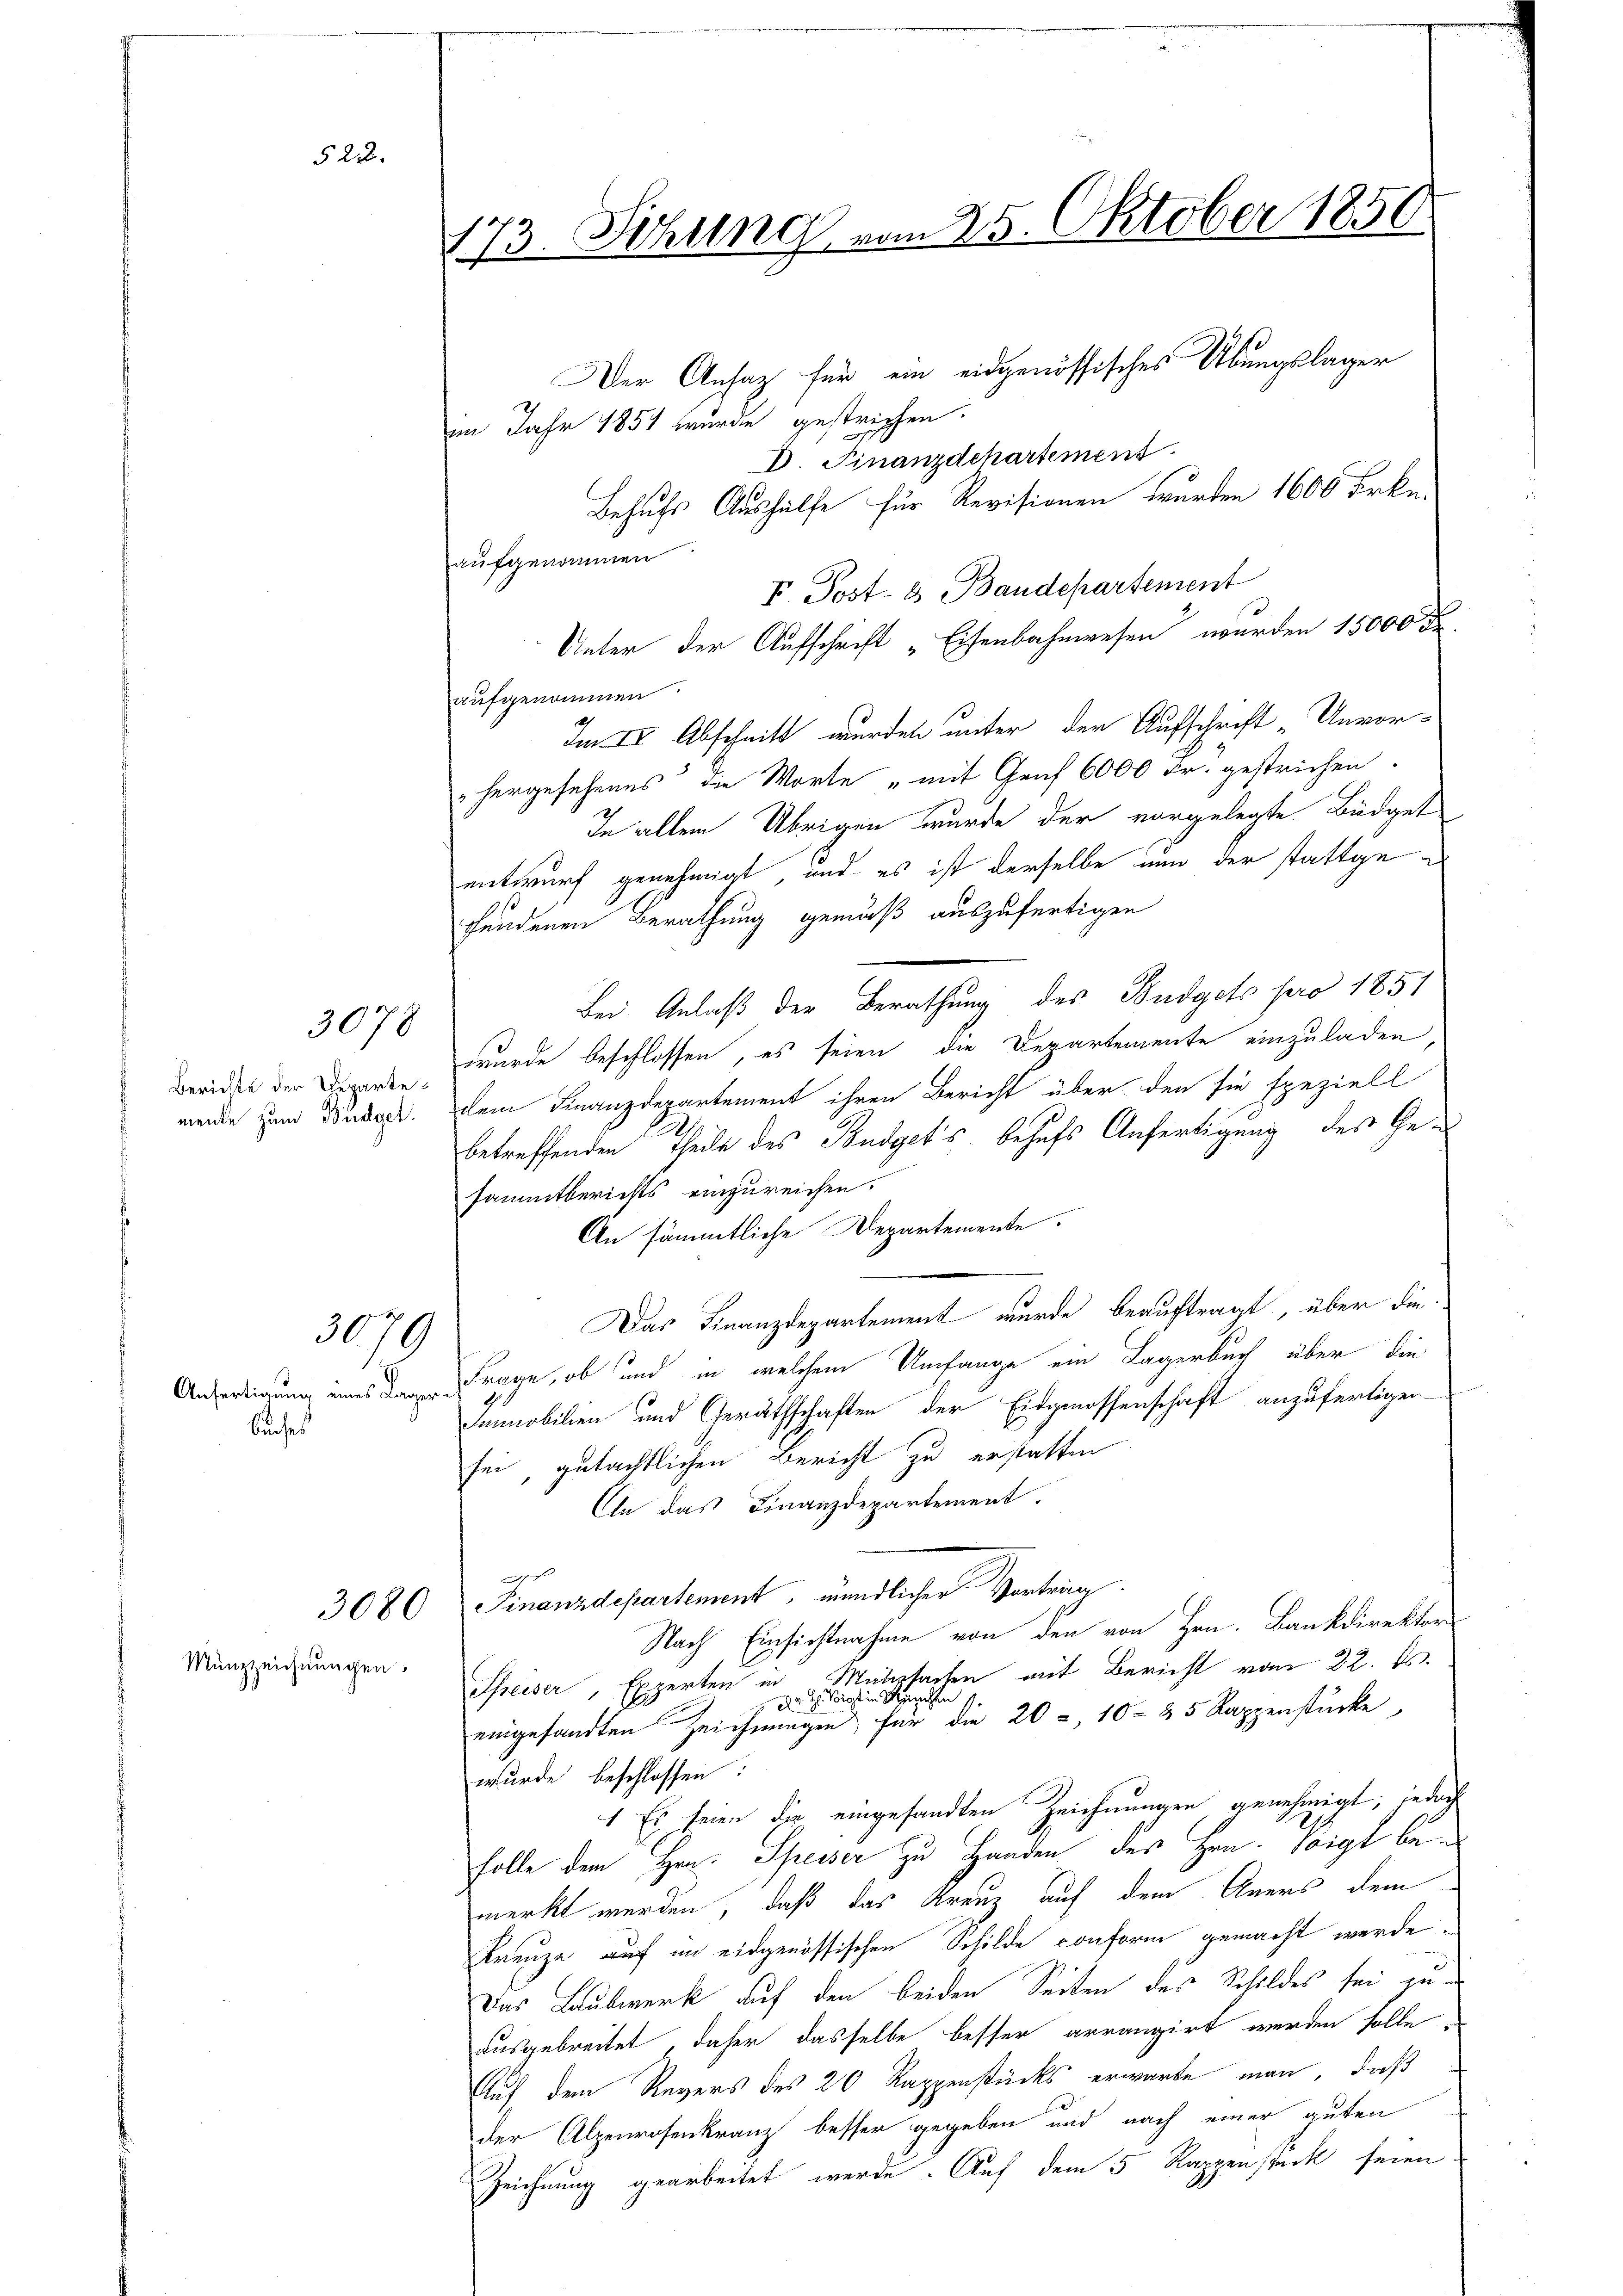
Berichte der Departemente zum Büdget.

buches

522.

3078

3079

3080
Münzzeichnungen.

Der Ansatz für ein eidgenössisches Übungslager
im Jahr 1851 wurde gestrichen.
D. Finanzdchartement
Behufs Aushülfe für Revisionen wurden 1600 Frkn.
aufgenommen
I. Post- & Baudepartement
Unter der Aufschrift „Eisenbahnwesen wurden 15000 Fr.
aufgenommen
Im IV Abschnitt wurden unter der Aufschecht „Unvor-
hergesehenes die Worte „mit Genf 6000 Fr. gestrichen.
In allem Übrigen wurde der vorgelegte Büdget
entwurf genehmigt, und es ist derselbe nun der stattge
hendenen Berathung gemäß auszufertigen
Bei Anlaß der Berathung des Budgets pro 1851
wurde beschlossen, es seien die Departemente einzuladen,
dem Finanzdepartement ihren Bericht über den sie speziell
betreffenden Theile des Budget's behufs Anfertigung des Gesammtberichts einzureichen.
An sämmtliche Departemente.
Das Finanzdepartement wurde beauftragt, über die
Anfertigung eines de Frage, ob und in welchem Umfange ein Lagerbuch über die
Immobilien und Geräthschaften der Eidgenossenschaft anzufertigen-
sei, gutächtlichen Bericht zu erstatten
Aln das Finanzdepartement.
e
Finanzdepartement, mündlicher Vortrag.
Nach Einsichtnahme von den von Hrn. Bankdirektor
Speiser, Experten in Münzsachen mit Bericht vom 22. ds.
 d. d. Sie in Sachen
eingesandten Zeichnungen für die 20 = 10 35 Rappenstücke,
wurde beschlossen:
1 Es seien die eingesandten Zeichnungen genehmigt; jedoch
Folle dem Hrn. Speiser zu Handen des Hrn. Voigt bemerkt werden, daß das Kreuz auf dem Aners dem
Kreuze auf im eidgenössischen Schilde conform gemacht werde.
Das Laubwerk auf den beiden Seiten des Schildes sei zu-
ausgebreitet, daher dasselbe besser arrangirt werden solle,
Auf dem Revers des 20 Rappenstücks erwarte man, daß
der Alpenrosenkranz besser gegeben und nach einer guten
Zeichnung gearbeitet werde. Auf dem 5 Rappenstück seien

173. Sitzung vom 25. Oktober 1850